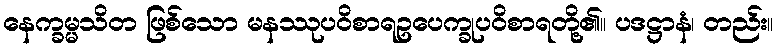
နေက္ခမ္မသိတ ဖြစ်သော မနဿုပဝိစာရဥပေက္ခုပဝိစာရတို့၏။ ပဒဋ္ဌာနံ၊ တည်း။